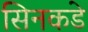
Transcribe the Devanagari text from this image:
सिनकडे